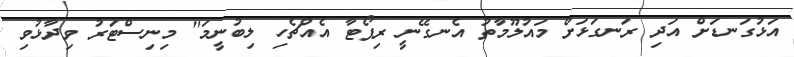
އަޅުގަނޑަށް އަދި ރަނގަޅަށް މައުލޫމާތު އެނގޭނީ ރިޕޯޓާ އެއްޗެހި ލިބުނީމަ" މިނިސްޓަރު ވިދާޅުވި